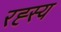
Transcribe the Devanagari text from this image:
रह्स्य